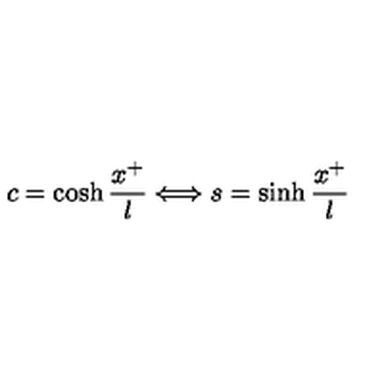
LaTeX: c = \cosh \frac { x ^ { + } } { l } \Longleftrightarrow s = \sinh \frac { x ^ { + } } { l }